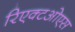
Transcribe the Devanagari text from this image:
रिएक्टओएस